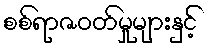
စစ်ရာဇဝတ်မှုများနှင့်